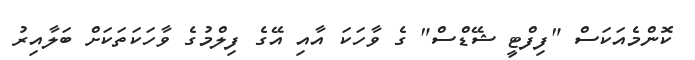
ކޮންމެއަކަސް "ފިފްޓީ ޝޭޑްސް" ގެ ވާހަކަ އާއި އޭގެ ފިލްމުގެ ވާހަކަތަކަށް ބަލާއިރު